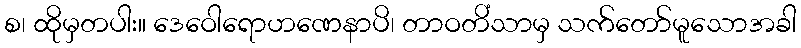
စ၊ ထိုမှတပါး။ ဒေဝေါရောဟဏေနာပိ၊ တာဝတိံသာမှ သက်တော်မူသောအခါ